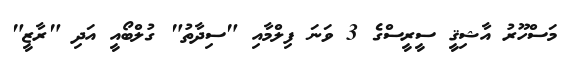
މަސްހޫރު އާޝިޤީ ސީރީސްގެ 3 ވަނަ ފިލްމާއި "ސިދާތު" ގުލްބޯއީ އަދި "ރާޒީ"